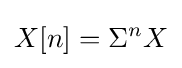
X[n]=\Sigma ^{n}X